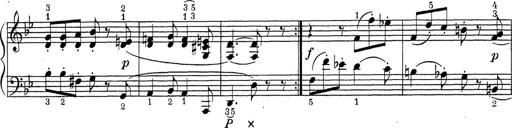
Title: ÄŒeskÃ© Sonatiny
Composer: Various